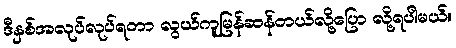
ဒီနှစ်အလုပ်လုပ်ရတာ လွယ်ကူမြန်ဆန်တယ်လို့ပြော လို့ရပါမယ်။